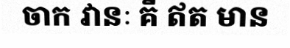
ចាក វានៈ គឺ ឥត មាន